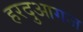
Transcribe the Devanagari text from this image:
हरदुआगज